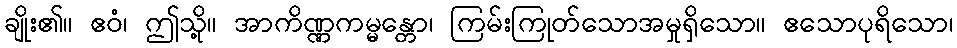
ချိုး၏။ ဧဝံ၊ ဤသို့။ အာကိဏ္ဏကမ္မန္တော၊ ကြမ်းကြုတ်သောအမှုရှိသော။ ဧသောပုရိသော၊